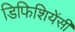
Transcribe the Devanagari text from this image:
डिफिशियेंसी